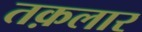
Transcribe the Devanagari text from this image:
तक़लार